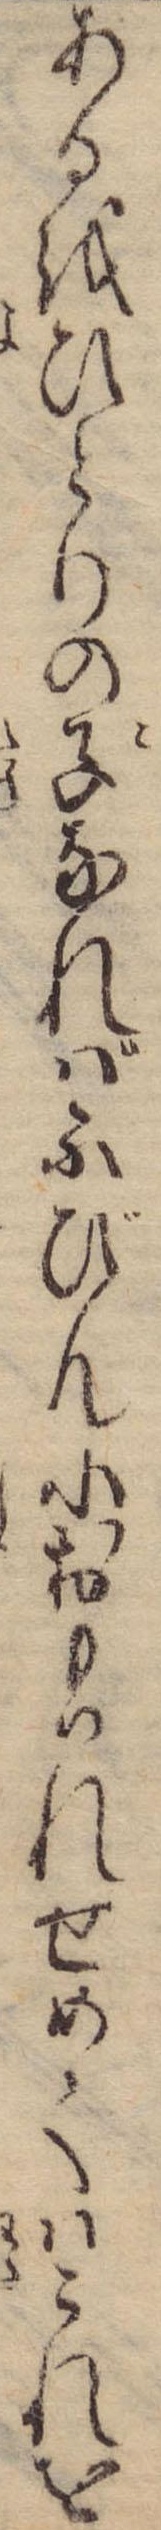
あるをひとりの子なればふびんにおもはれせめてはこれを